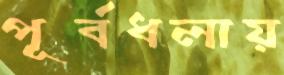
পূর্বধলায়